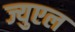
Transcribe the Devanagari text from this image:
ज्युएल